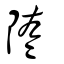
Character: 隓